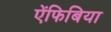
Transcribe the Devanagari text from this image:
ऐंफिबिया